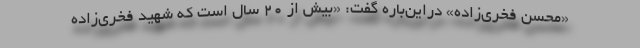
«محسن فخری‌زاده» دراین‌باره گفت: «بیش از ۲۰ سال است که شهید فخری‌زاده